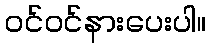
ဝင်ဝင်နားပေးပါ။